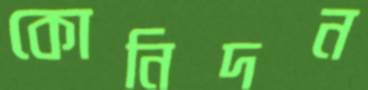
কোনিদন